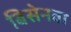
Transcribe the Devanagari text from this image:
बिसेनवा